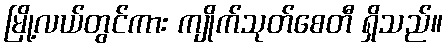
မြို့လယ်တွင်ကား ကျိုက်သုတ်စေတီ ရှိသည်။